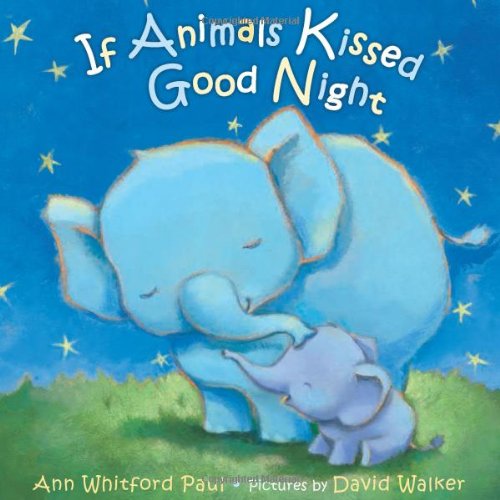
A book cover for If Animals Kissed Good Night; Ann Whitford Paul; Children's Books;